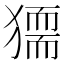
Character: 𤡤